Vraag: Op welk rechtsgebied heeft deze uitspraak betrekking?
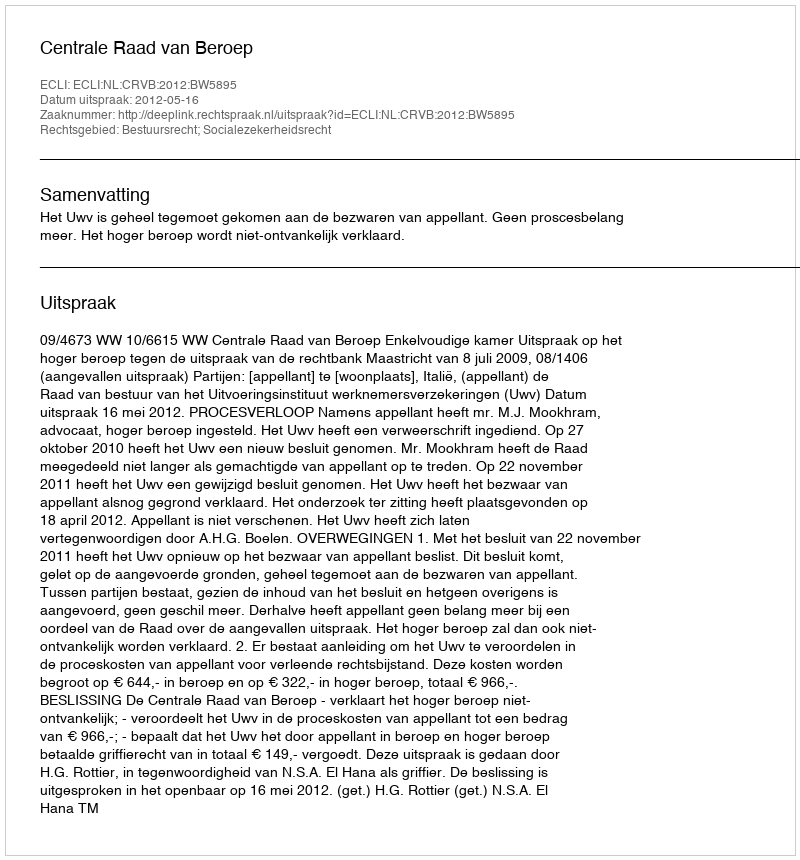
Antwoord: Bestuursrecht; Socialezekerheidsrecht